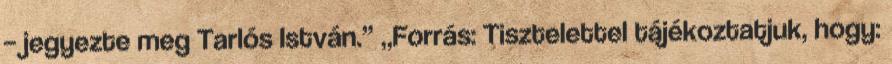
– jegyezte meg Tarlós István.” „Forrás: Tisztelettel tájékoztatjuk, hogy: